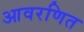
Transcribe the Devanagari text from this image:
आवरणित